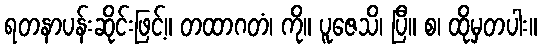
ရတနာပန်းဆိုင်းဖြင့်။ တထာဂတံ၊ ကို။ ပူဇေသိ၊ ပြီ။ စ၊ ထိုမှတပါး။